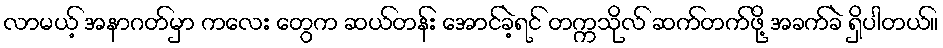
လာမယ့် အနာဂတ်မှာ ကလေး တွေက ဆယ်တန်း အောင်ခဲ့ရင် တက္ကသိုလ် ဆက်တက်ဖို့ အခက်ခဲ ရှိပါတယ်။